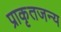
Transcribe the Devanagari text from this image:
प्राकृतजन्य